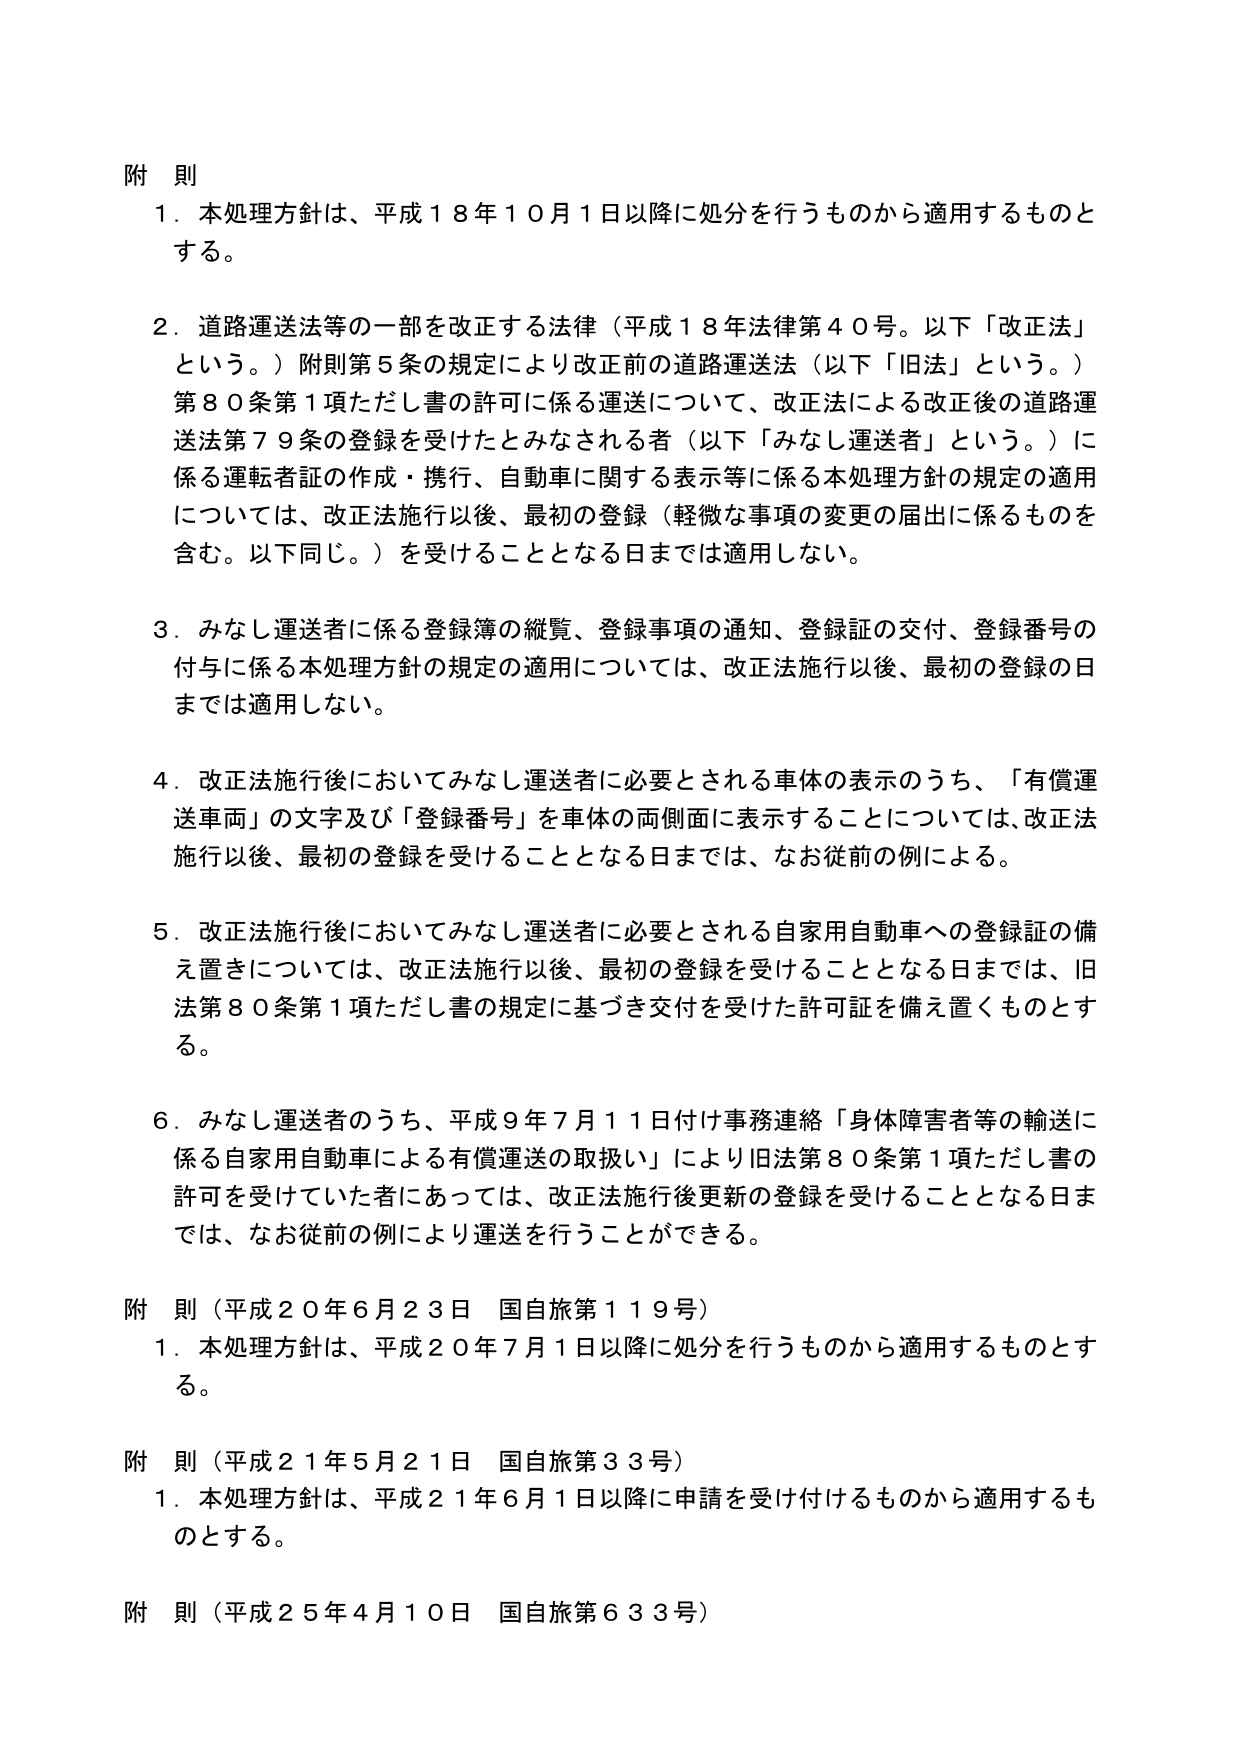
附 則
１．本処理方針は、平成１８年１０月１日以降に処分を行うものから適用するものとする。

２．道路運送法等の一部を改正する法律（平成１８年法律第４０号。以下「改正法」という。）附則第５条の規定により改正前の道路運送法（以下「旧法」という。）第８０条第１項ただし書の許可に係る運送について、改正法による改正後の道路運送法第７９条の登録を受けたとみなされる者（以下「みなし運送者」という。）に係る運転者証の作成・携行、自動車に関する表示等に係る本処理方針の規定の適用については、改正法施行以後、最初の登録（軽微な事項の変更の届出に係るものを含む。以下同じ。）を受けることとなる日までは適用しない。

３．みなし運送者に係る登録簿の縦覧、登録事項の通知、登録証の交付、登録番号の付与に係る本処理方針の規定の適用については、改正法施行以後、最初の登録の日までは適用しない。

４．改正法施行後においてみなし運送者に必要とされる車体の表示のうち、「有償運送車両」の文字及び「登録番号」を車体の両側面に表示することについては、改正法施行以後、最初の登録を受けることとなる日までは、なお従前の例による。

５．改正法施行後においてみなし運送者に必要とされる自家用自動車への登録証の備え置きについては、改正法施行以後、最初の登録を受けることとなる日までは、旧法第８０条第１項ただし書の規定に基づき交付を受けた許可証を備え置くものとする。

６．みなし運送者のうち、平成９年７月１１日付け事務連絡「身体障害者等の輸送に係る自家用自動車による有償運送の取扱い」により旧法第８０条第１項ただし書の許可を受けていた者にあっては、改正法施行後更新の登録を受けることとなる日までは、なお従前の例により運送を行うことができる。

附 則（平成２０年６月２３日 国自旅第１１９号）
１．本処理方針は、平成２０年７月１日以降に処分を行うものから適用するものとする。

附 則（平成２１年５月２１日 国自旅第３３号）
１．本処理方針は、平成２１年６月１日以降に申請を受け付けるものから適用するものとする。

附 則（平成２５年４月１０日 国自旅第６３３号）